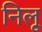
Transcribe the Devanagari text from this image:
निलू